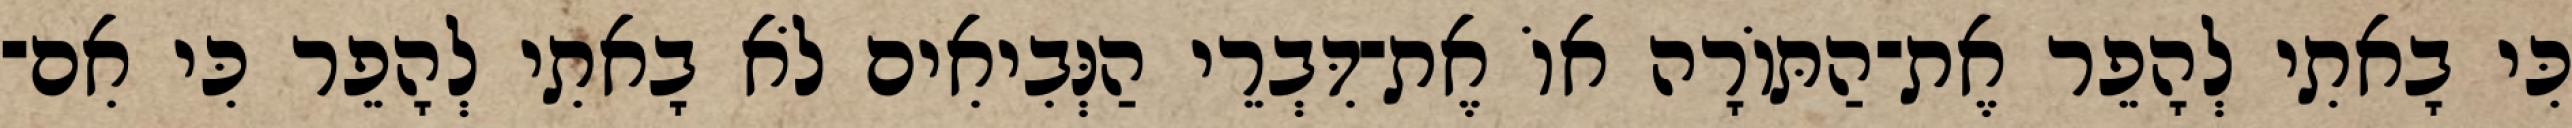
כִּי בָאתִי לְהָפֵר אֶת־הַתּוֹרָה אוֹ אֶת־דִּבְרֵי הַנְּבִיאִים לֹא בָאתִי לְהָפֵר כִּי אִם־